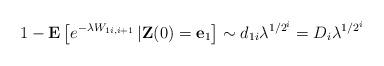
LaTeX: \begin{align*}1-\mathbf{E}\left[ e^{-\lambda W_{1i,i+1}}\,|\mathbf{Z}(0)=\mathbf{e}_{1}\right] \sim d_{1i}\lambda ^{1/2^{i}}=D_{i}\lambda ^{1/2^{i}} \end{align*}